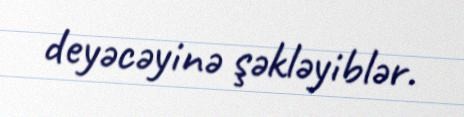
deyəcəyinə şəkləyiblər.